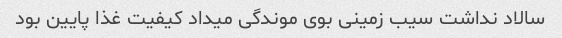
سالاد نداشت سیب زمینی بوی موندگی میداد کیفیت غذا پایین بود